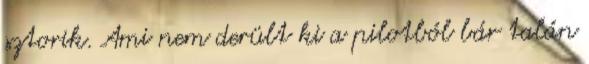
sztorik. Ami nem derült ki a pilotból bár talán